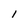
Character: I